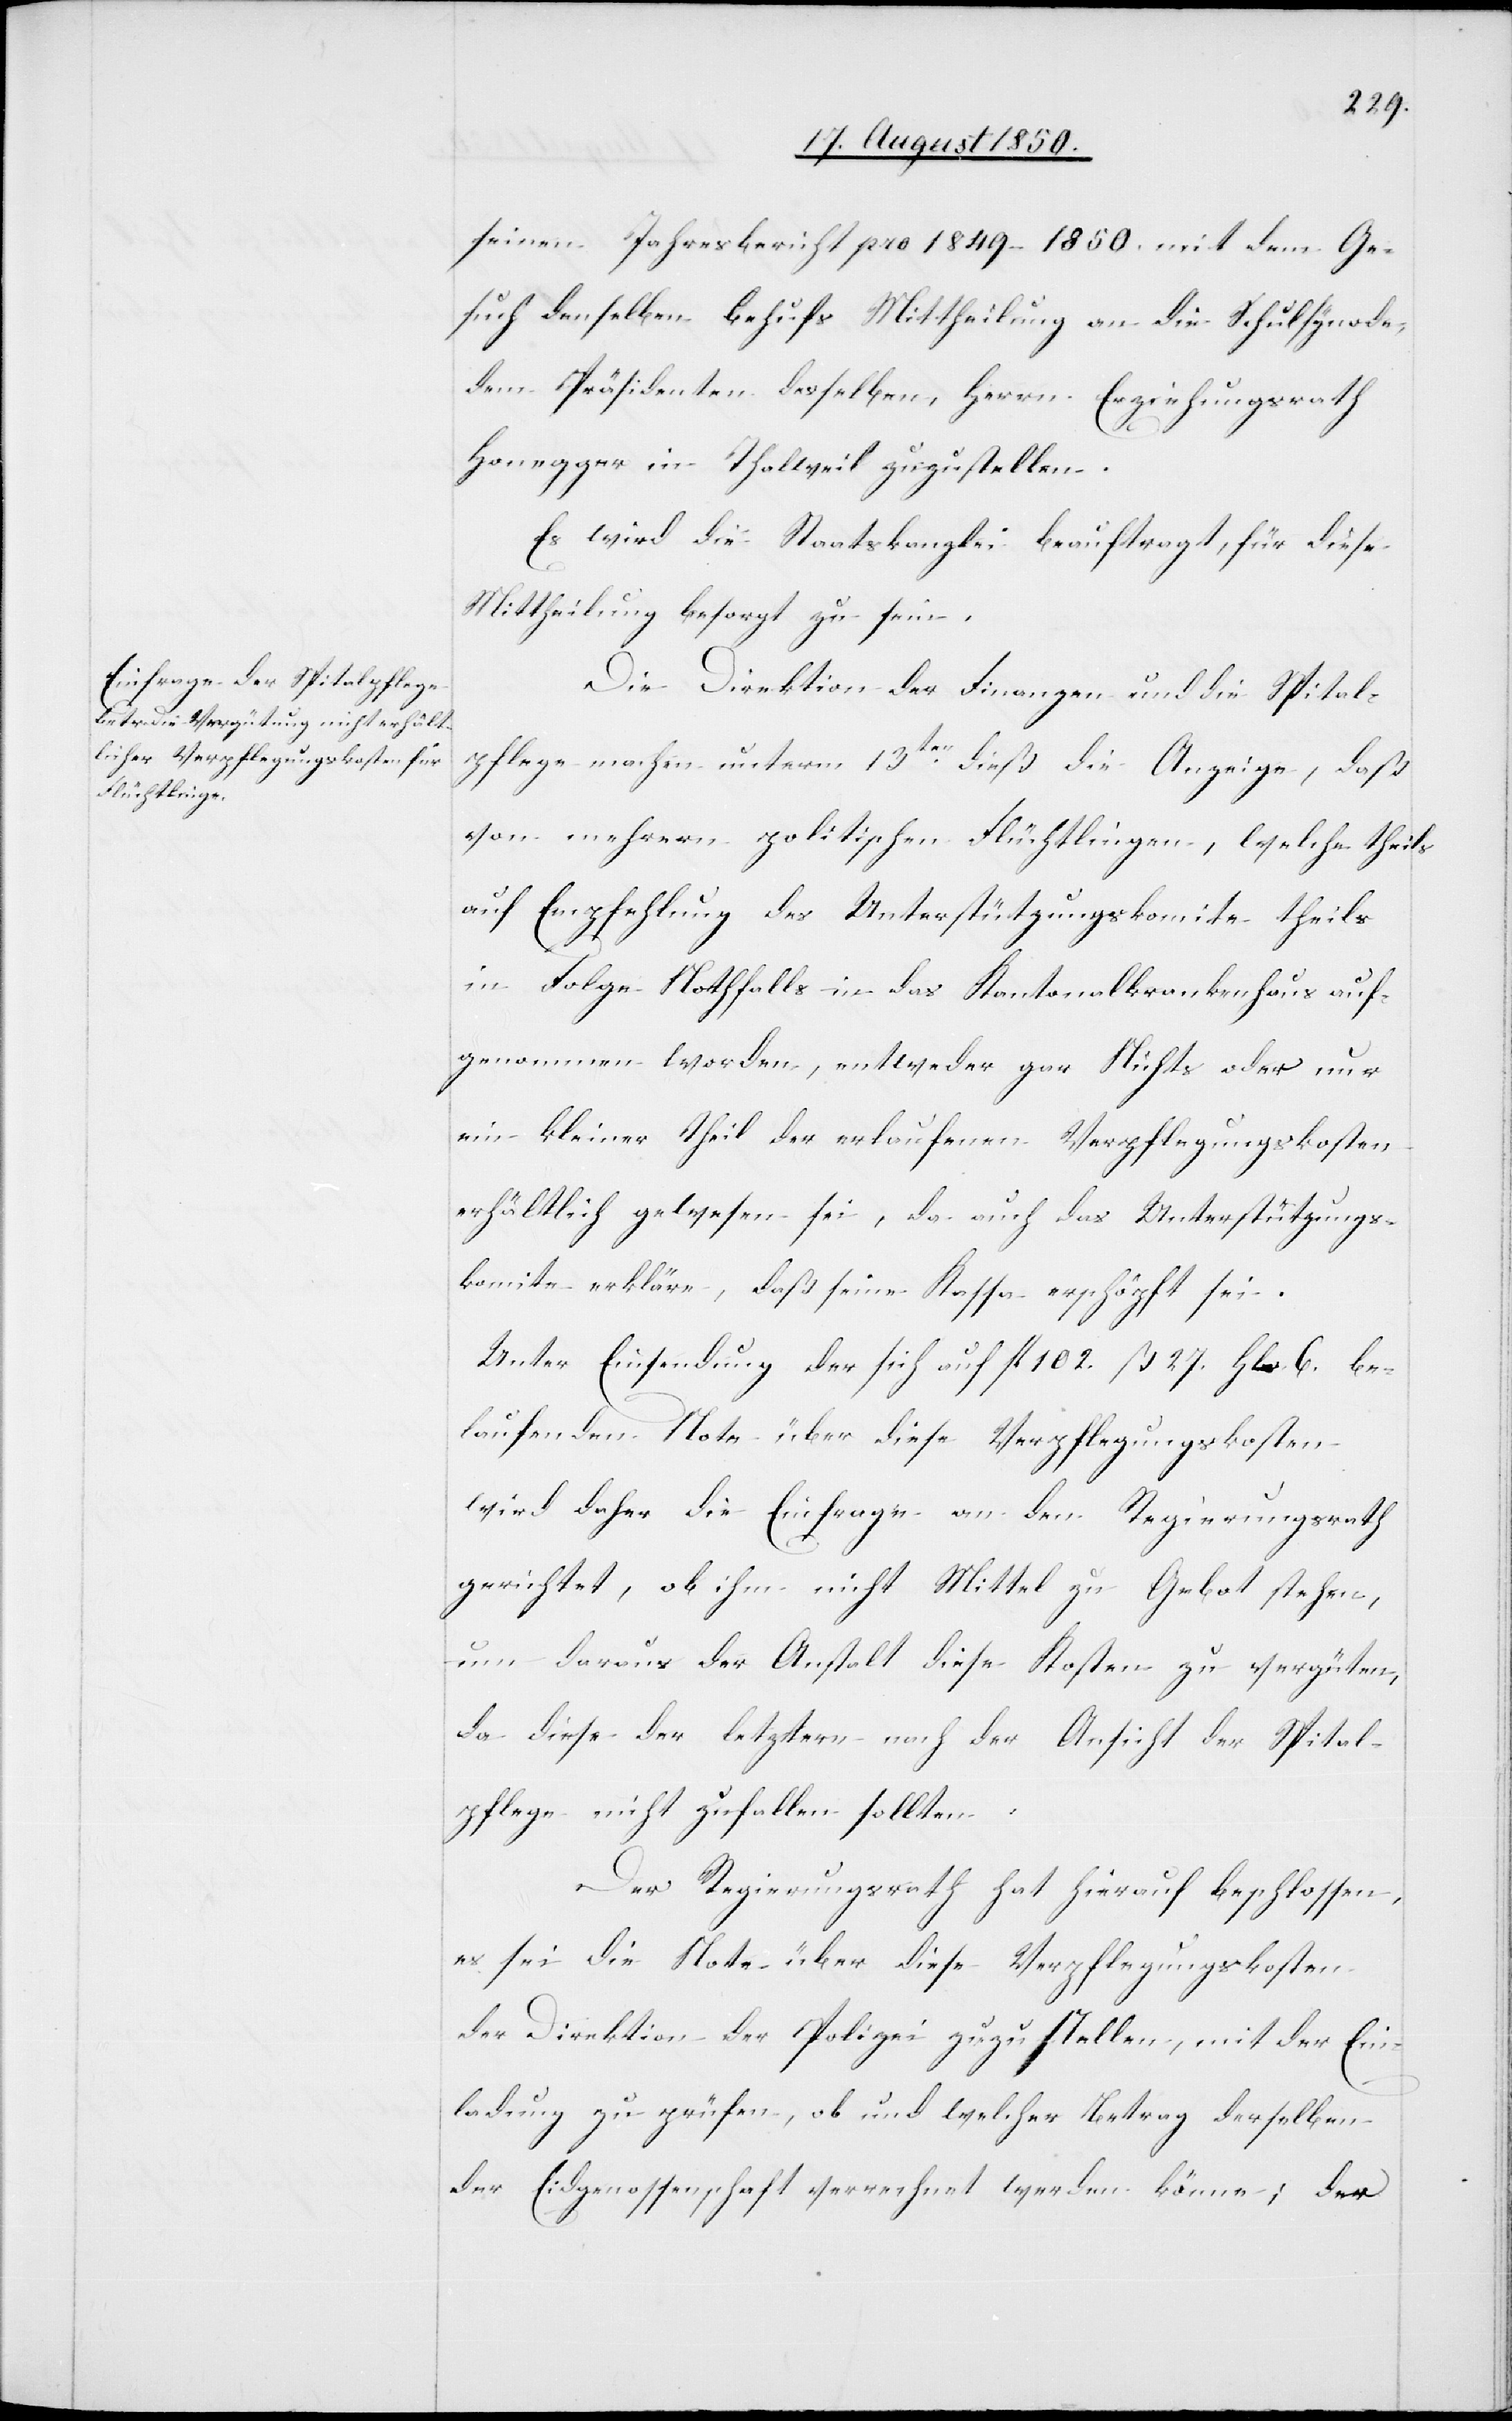
seinen Jahresbericht pro 1849–1850. mit dem Ge¬
such denselben behufs Mittheilung an die Schulsynode,
dem Präsidenten desselben, Herrn Erziehungsrath
Honegger in Thalweil zuzustellen.
Es wird die Staatskanzlei beauftragt, für diese
Mittheilung besorgt zu sein.
Die Direktion der Finanzen und die Spital¬
pflege machen unterm 13ten dieß die Anzeige, daß
von mehrern politischen Flüchtlingen, welche theils
auf Empfehlung des Unterstützungskomite theils
in Folge Nothfalls in das Kantonalkrankenhaus auf¬
genommen worden, entweder gar Nichts oder nur
ein kleiner Theil der erlaufenen Verpflegungskosten
erhältlich gewesen sei, da auch das Unterstützungs¬
komite erkläre, daß seine Kassa erschöpft sei.
Unter Einsendung der sich auf fl 102. ß. 27. Hlr. 6. be¬
laufenden Note über diese Verpflegungskosten
wird daher die Einfrage an den Regierungsrath
gerichtet, ob ihm nicht Mittel zu Gebot stehen,
um daraus der Anstalt diese Kosten zu vergüten,
da diese der letztern nach der Ansicht der Spital¬
pflege nicht zufallen sollten.
Der Regierungsrath hat hierauf beschlossen,
es sei die Note über diese Verpflegungskosten
der Direktion der Polizei zuzustellen, mit der Ein¬
ladung zu prüfen, ob und welcher Betrag derselben
der Eidgenossenschaft verrechnet werden könne; der